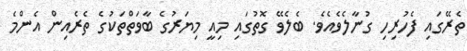
ތެރޭގައި ފެހުރިހި ގުނާލެވެއެވެ. ބެލެވޭ ގޮތުގައި މިއީ މިޔަރުގެ ބާވަތްތަކުގެ ތެރެއިން އެންމެ